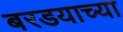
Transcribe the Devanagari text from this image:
बरडयाच्या